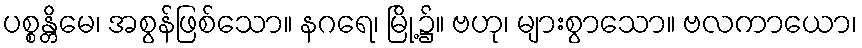
ပစ္စန္တိမေ၊ အစွန်ဖြစ်သော။ နဂရေ၊ မြို့၌။ ဗဟု၊ များစွာသော။ ဗလကာယော၊